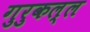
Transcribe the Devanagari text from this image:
गुरुकल्ल